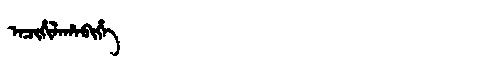
Manchu: ᠠᠴᡳᡥᡳᠯᠠᡥᠠᠪᡳᡥᡝ
Romanization: ACIHILAHABIHE